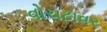
વોચટાવર